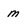
Character: m